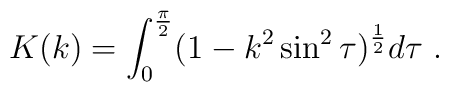
K(k)=\int_0^{\pi\over2}(1-k^2\sin^2\tau)^{1\over2}d\tau\ .